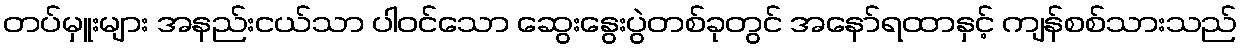
တပ်မှူးများ အနည်းငယ်သာ ပါဝင်သော ဆွေးနွေးပွဲတစ်ခုတွင် အနော်ရထာနှင့် ကျန်စစ်သားသည်